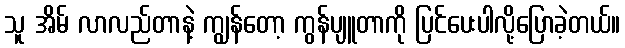
သူ အိမ် လာလည်တာနဲ့ ကျွန်တော့ ကွန်ပျူတာကို ပြင်ပေးပါလို့ပြောခဲ့တယ်။